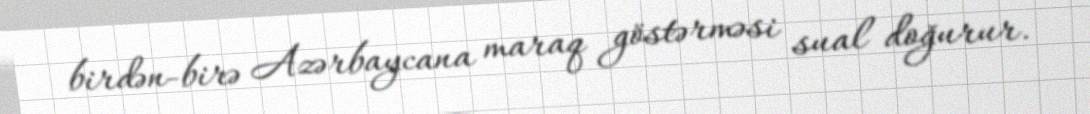
birdən-birə Azərbaycana maraq göstərməsi sual doğurur.